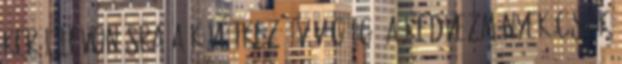
kerül levonásra a következő év végéig. A kedvezmények csak